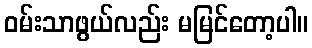
ဝမ်းသာဖွယ်လည်း မမြင်တော့ပါ။